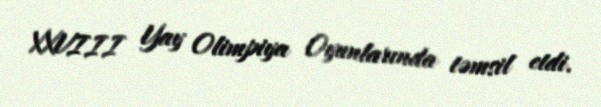
XXVIII Yay Olimpiya Oyunlarında təmsil etdi.